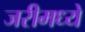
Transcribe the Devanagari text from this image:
जरीमध्ये